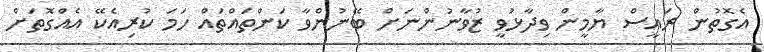
އެގޮތުން ރައީސް ޔާމީން ވިދާޅުވީ ޒުވާނުންނަށް ބޭނުންވާ ކަންތައްތައް ހަމަ ކުރިއެކޭ އެއްގޮތަށް